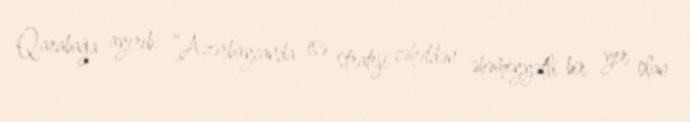
Qarabağa ayırıb: “Azərbaycanda isə strateji cəhətdən əhəmiyyətli bir yer olan